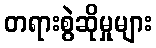
တရားစွဲဆိုမှုများ